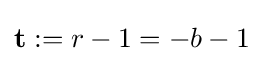
\mathbf {t} :=r-1=-b-1